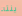
ينته